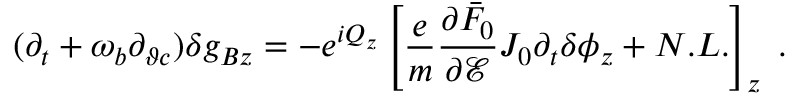
( \partial _ { t } + \omega _ { b } \partial _ { \vartheta c } ) \delta g _ { B z } = - e ^ { i Q _ { z } } \left[ \frac { e } { m } \frac { \partial \bar { F } _ { 0 } } { \partial \mathcal { E } } J _ { 0 } \partial _ { t } \delta \phi _ { z } + N . L . \right] _ { z } \; .